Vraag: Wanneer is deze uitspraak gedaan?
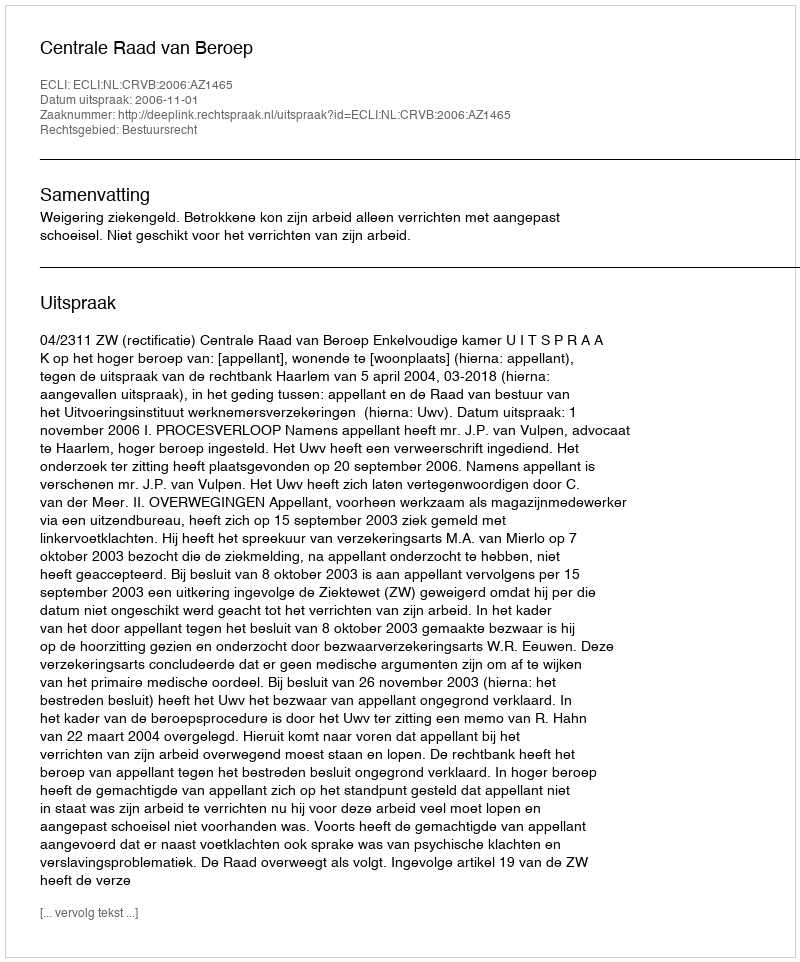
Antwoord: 2006-11-01